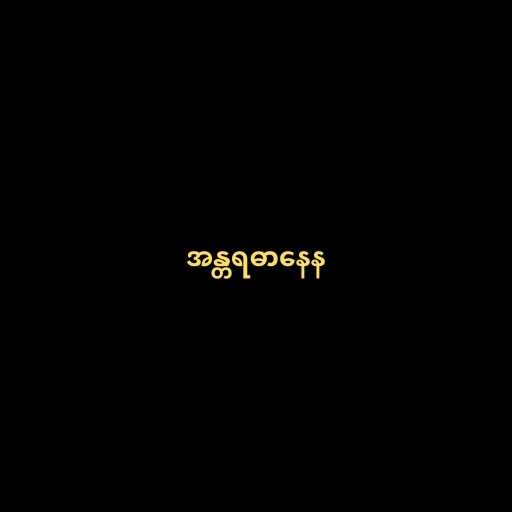
အန္တရဓာနေန